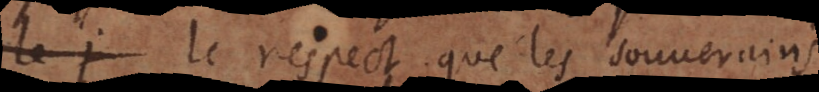
le j le respect que les souverains